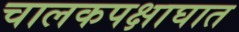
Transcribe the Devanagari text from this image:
चालकपक्षाघात